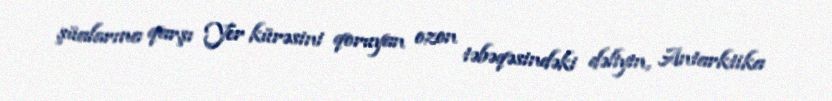
şüalarına qarşı Yer kürəsini qoruyan ozon təbəqəsindəki dəliyin, Antarktika